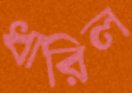
ধারিল